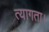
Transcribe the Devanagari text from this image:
त्‍यागता।